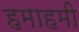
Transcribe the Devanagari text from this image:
हमाहमी